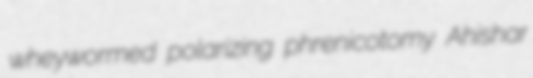
wheywormed polarizing phrenicotomy Ahishar